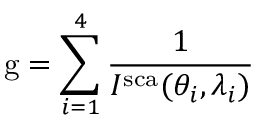
\mathrm { g } = \sum _ { i = 1 } ^ { 4 } \frac { 1 } { I ^ { \mathrm { s c a } } ( \theta _ { i } , \lambda _ { i } ) }